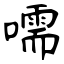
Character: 嚅